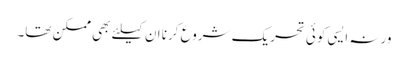
ورنہ ایسی کوئی تحریک شروع کرنا ان کیلئے بھی ممکن تھا۔